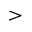
>